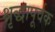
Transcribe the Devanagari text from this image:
श्रृद्धापूर्वक